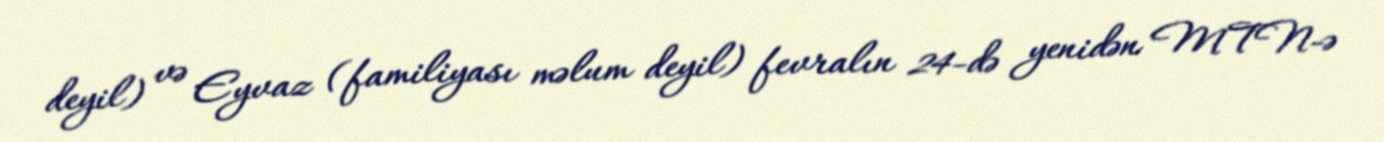
deyil) və Eyvaz (familiyası məlum deyil) fevralın 24-də yenidən MTN-ə